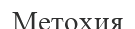
Метохия